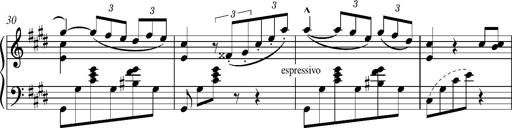
Title: Madrigal
Composer: Lucien Wurmser
Key: A major